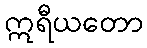
ဣရီယတော